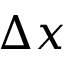
\Delta x